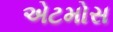
એટમોસ